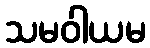
သမဝါယမ